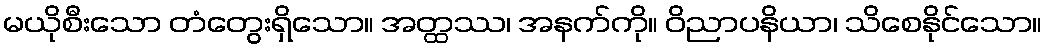
မယိုစီးသော တံတွေးရှိသော။ အတ္ထဿ၊ အနက်ကို။ ဝိညာပနိယာ၊ သိစေနိုင်သော။